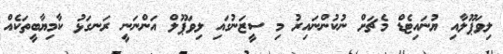
ލިވަޕޫލާއި ޔުނައިޓެޑް މެޗަށް ނުކުންނައިރު މި ސީޒަނުގައި ލިވަޕޫލް އަންނަނީ ރަނގަޅު ކާމިޔާބީތަކެއް